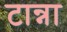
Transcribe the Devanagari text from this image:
टान्ना